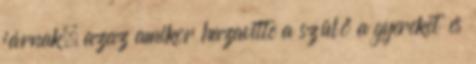
járnak, azaz amikor hazavitte a szülő a gyereket és